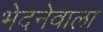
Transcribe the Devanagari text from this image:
भेदनेवाला